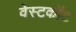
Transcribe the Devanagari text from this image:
वेस्टकॉट